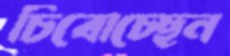
চিবোচ্ছেন